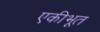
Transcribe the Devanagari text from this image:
एकीभूत